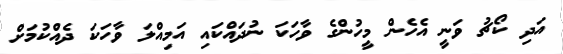
އަދި ކޯޗު ވަނީ އެހެން މީހުންގެ ވާހަކަ ނުދައްކައި އަމިއްލަ ވާހަކަ ދެއްކުމަށް